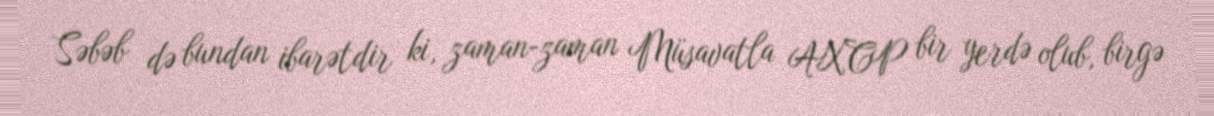
Səbəb də bundan ibarətdir ki, zaman-zaman Müsavatla AXCP bir yerdə olub, birgə